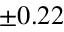
\pm 0 . 2 2